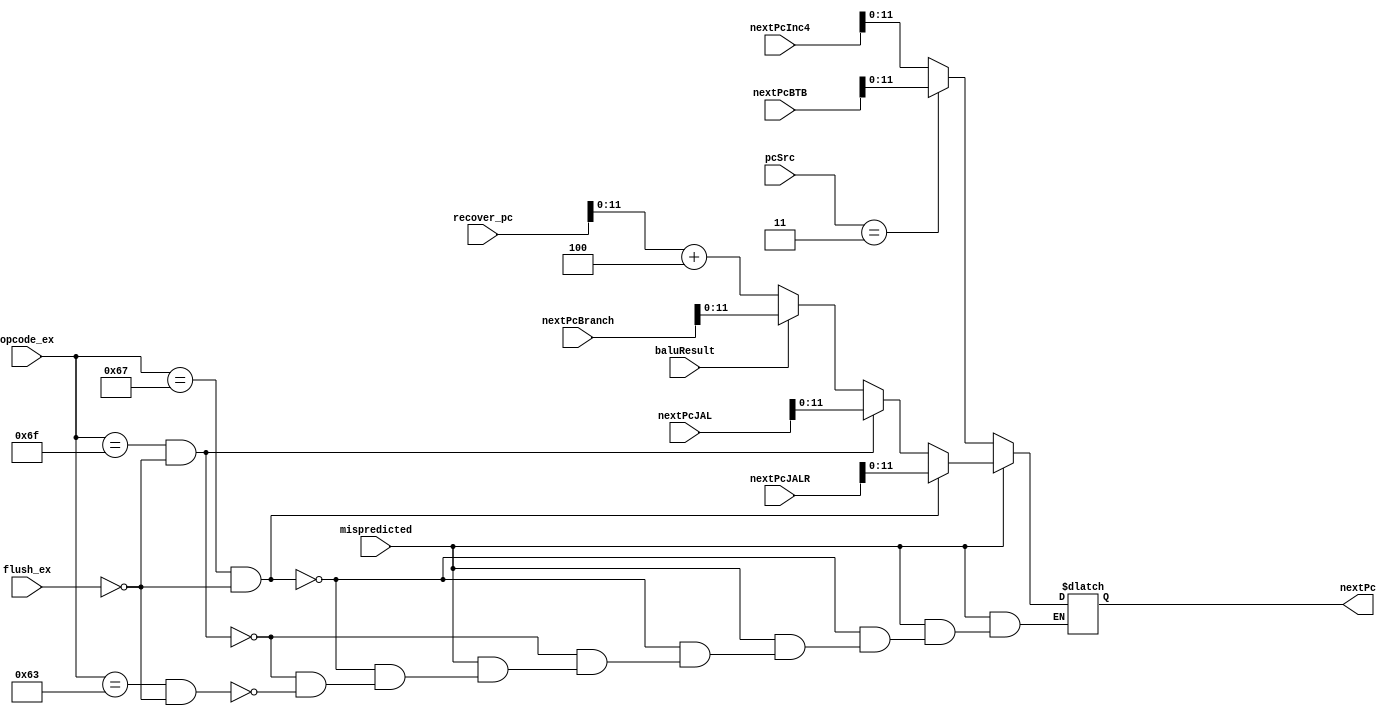
module pcMux (
	input wire [6:0] opcode_ex,
	input wire flush_ex,
	input wire baluResult,
	input wire mispredicted,
	input wire [31:0] recover_pc,
	input wire [31:0] nextPcInc4,
	input wire [31:0] nextPcJALR,
	input wire [31:0] nextPcJAL,
	input wire [31:0] nextPcBranch,
	input wire [31:0] nextPcBTB,
	input wire [1:0] pcSrc,
	output wire [11:0] nextPc
	);

	reg [31:0] nextPc_r;
	assign nextPc = nextPc_r[11:0];

	always @(*) begin

		if (mispredicted) begin

			// JALR
			if (opcode_ex == 7'b1100111 && (~flush_ex)) begin
				nextPc_r = nextPcJALR;
			end

			// JAL
			else if (opcode_ex == 7'b1101111 && (~flush_ex)) begin
				nextPc_r = nextPcJAL;
			end

			// BRANCH
			else if (opcode_ex == 7'b1100011 && (~flush_ex)) begin
				if (baluResult) begin
					nextPc_r = nextPcBranch;
				end
				else begin
					nextPc_r = recover_pc + 4;
				end
			end
		end

		else begin
			case (pcSrc)

				// bit0: set this bit if it came from BTB
				// bit1: set if it is a control instruction

				2'b00: begin
					nextPc_r = nextPcInc4;
				end

				// should be unreachable
				2'b01: begin
					nextPc_r = nextPcInc4;
				end

				// 'wasted' instruction
				2'b10: begin
					nextPc_r = nextPcInc4;
				end

				// from BTB
				2'b11: begin
					nextPc_r = nextPcBTB;
				end
			endcase
		end
	end
endmodule